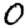
Digit: 0